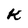
Character: k